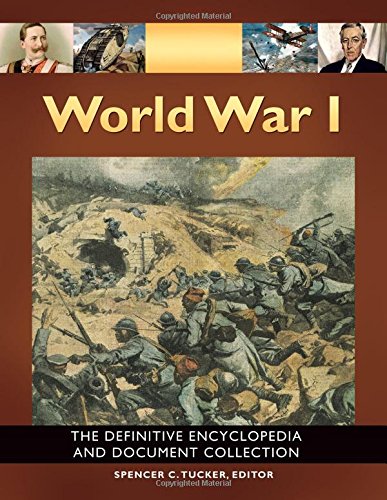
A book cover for World War I [5 volumes]: The Definitive Encyclopedia and Document Collection; Reference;